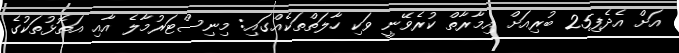
އަށް އެދެފި25 ބުރިއަށް އިމާރާތް ކުރެވޭނީ ވަކި ހާލަތްތަކެއްގައި: މިނިސްޓަރުމާލެ އާއި އަތޮޅުތަކުގެ